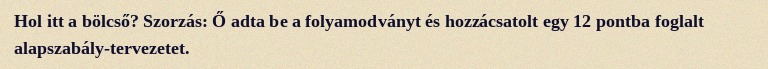
Hol itt a bölcső? Szorzás: Ő adta be a folyamodványt és hozzácsatolt egy 12 pontba foglalt alapszabály-tervezetet.